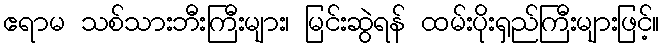
ဧရာမ သစ်သားဘီးကြီးများ၊ မြင်းဆွဲရန် ထမ်းပိုးရှည်ကြီးများဖြင့်။